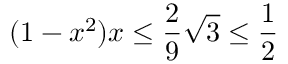
( 1 - x ^ { 2 } ) x \leq \frac { 2 } { 9 } \sqrt { 3 } \leq \frac { 1 } { 2 }